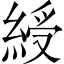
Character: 綬